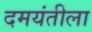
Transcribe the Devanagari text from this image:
दमयंतीला